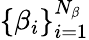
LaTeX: \{ \beta_{i}\} _{i=1}^{N_{\beta}}